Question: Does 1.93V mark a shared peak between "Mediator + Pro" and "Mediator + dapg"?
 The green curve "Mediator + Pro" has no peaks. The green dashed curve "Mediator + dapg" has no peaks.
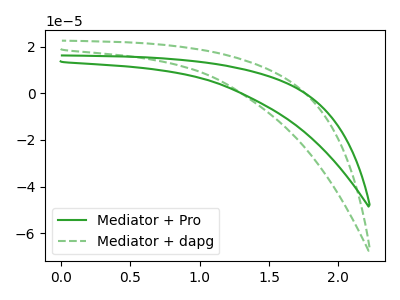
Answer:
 <answer>No, "Mediator + Pro" and "Mediator + dapg" dont share a peak at 1.93V.</answer>
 <eval>mismatch</eval>